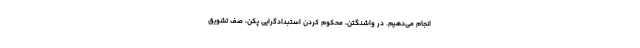
انجام می‌دهیم. در واشنگتن، محکوم کردن استبدادگرایی پکن، صف تشویق